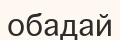
обадай